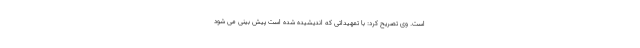
است. وی تصریح کرد: با تمهیداتی که اندیشیده شده است پیش بینی می شود